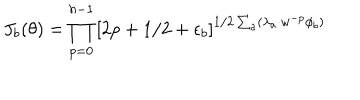
LaTeX: J _ { b } ( \theta ) = \prod _ { p = 0 } ^ { h - 1 } \left[ 2 p + 1 / 2 + \epsilon _ { b } \right] ^ { 1 / 2 \sum _ { a } ( \lambda _ { a } \cdot w ^ { - p } \phi _ { b } ) }